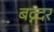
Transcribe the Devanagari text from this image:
बव्न्दर